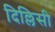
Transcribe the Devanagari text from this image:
दिल्लिसी